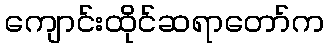
ကျောင်းထိုင်ဆရာတော်က